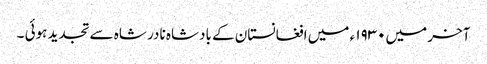
آخر میں۱۹۳۰ ء میں افغانستان کے بادشاہ نادر شاہ سے تجدید ہوئی ۔